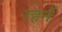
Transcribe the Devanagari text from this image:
रहनॅ